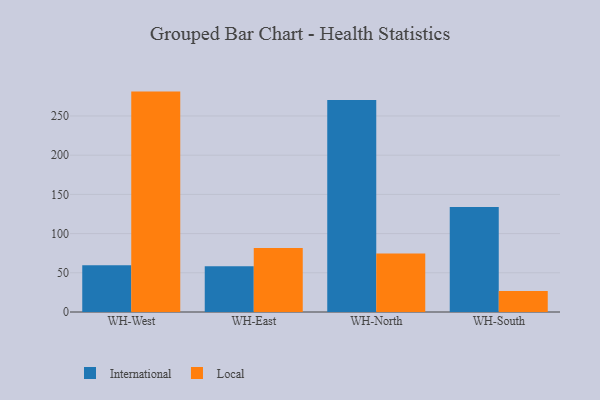
{"axis": {"x": "Warehouse", "y": "Headcount"}, "legend": ["International", "Local"], "data": [{"x": "WH-West", "y": 59.6, "type": "International"}, {"x": "WH-West", "y": 281.1, "type": "Local"}, {"x": "WH-East", "y": 58.2, "type": "International"}, {"x": "WH-East", "y": 81.6, "type": "Local"}, {"x": "WH-North", "y": 270.3, "type": "International"}, {"x": "WH-North", "y": 74.7, "type": "Local"}, {"x": "WH-South", "y": 133.8, "type": "International"}, {"x": "WH-South", "y": 26.8, "type": "Local"}]}